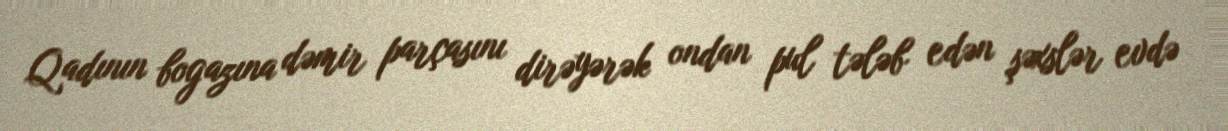
Qadının bogazına dəmir parçasını dirəyərək ondan pul tələb edən şəxslər evdə